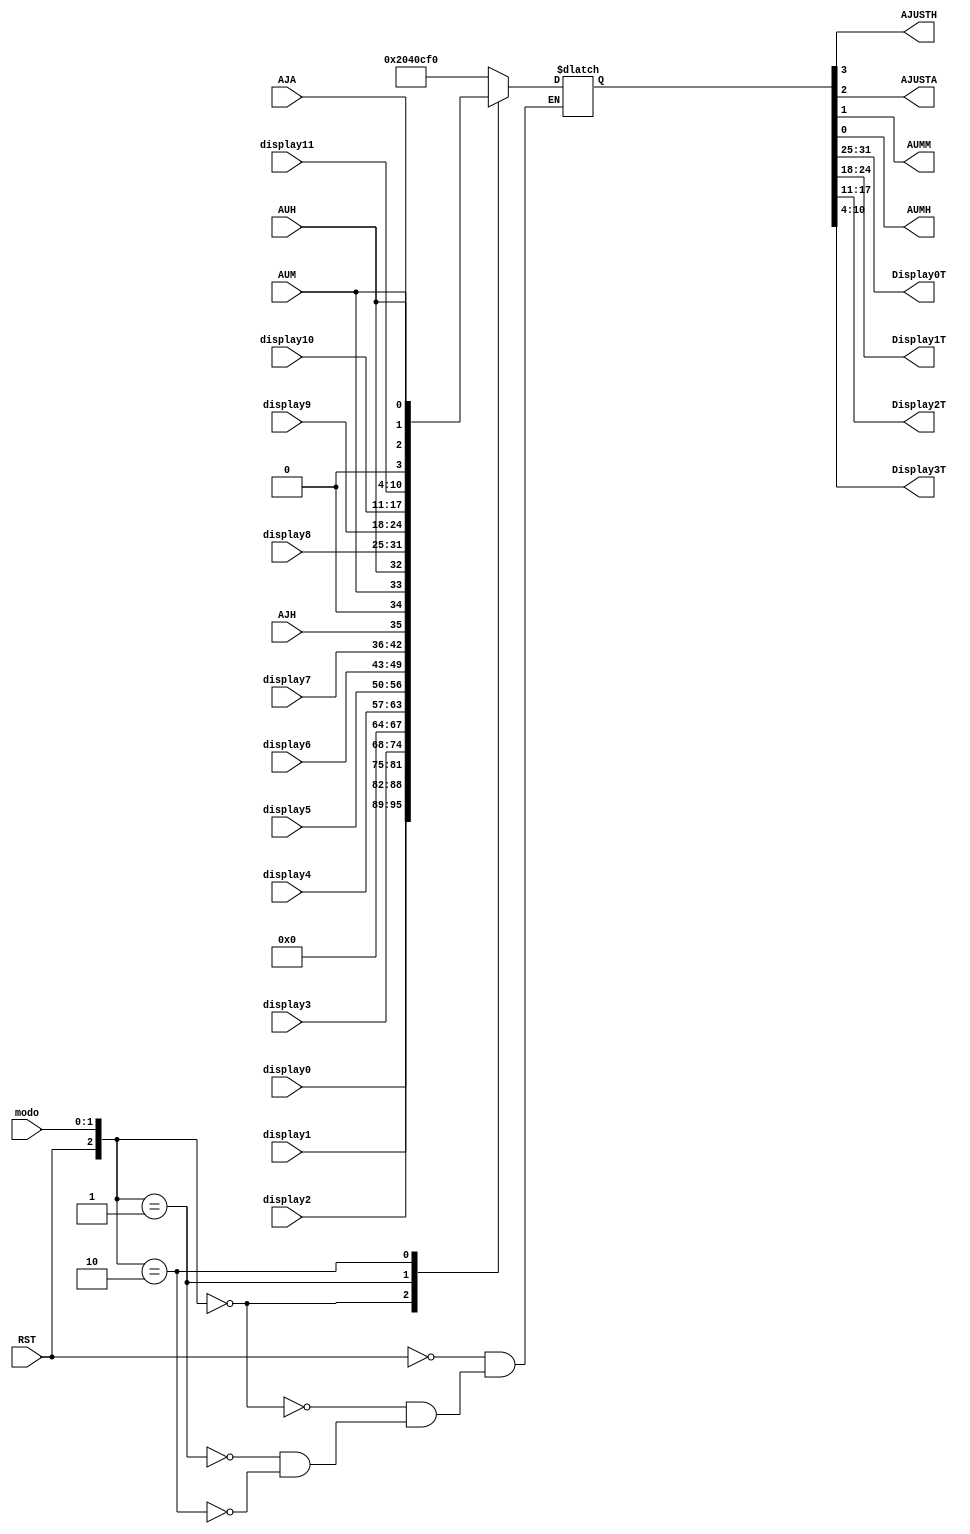
`timescale 1ns / 1ps
//////////////////////////////////////////////////////////////////////////////////
// Company: 
// Engineer: 
// 
// Design Name: 
// Module Name:    Control 
// Project Name: 
// Target Devices: 
// Tool versions: 
// Description: 
//
// Dependencies: 
//
// Revision: 
// Revision 0.01 - File Created
// Additional Comments: 
//
//////////////////////////////////////////////////////////////////////////////////
module Control(RST,AJH,AJA,AUM,AUH,modo,display0,display1,display2,display3,display4,display5,display6,display7,display8,display9,display10,display11,AJUSTH,AJUSTA,AUMM,AUMH,Display0T,Display1T,Display2T,Display3T);

     input RST,AJH,AJA,AUM,AUH; 
     input [1:0] modo; 
     input [6:0] display0,display1,display2,display3;
     input [6:0] display4,display5,display6,display7;
	  input [6:0] display8,display9,display10,display11;
	  output AJUSTH, AJUSTA, AUMM, AUMH;	  
	  output [6:0] Display0T,Display1T,Display2T,Display3T;
	  
	  wire [6:0] estado = {RST,modo,AJH,AJA,AUM,AUH};
	 // wire [31:0] aux = {Display0,Display1,Display2,Display3,AJUSTH,AJUSTA,AUMM,AUMH};
	  reg [31:0] estadosalida;
	  	 
	          
	  
	  always @(display0,display1,display2,display3,display4,display5,display6,display7,display8,display9,display10,display11,RST,AJH,AJA,AUM,AUH)  
	         begin 
          //  estadosalida = aux;				
				casez (estado)
/*estado reset*/          7'b1??????: estadosalida = {7'b0000001,7'b0000001,7'b0000001,7'b1001111,1'b0,1'b0,1'b0,1'b0};					 					           								 
/*estado hora*/	        7'b000????: estadosalida = {display0,display1,display2,display3,1'b0,1'b0,1'b0,1'b0};									 
/*estado ajustar hora*/	  7'b001????: estadosalida = {display4,display5,display6,display7,AJH,1'b0,AUM,AUH};						
/*estado ajustar alarma */7'b010????: estadosalida = {display8,display9,display10,display11,1'b0,AJA,AUM,AUH};												   
				endcase												
			end
		assign {Display0T,Display1T,Display2T,Display3T,AJUSTH,AJUSTA,AUMM,AUMH} = estadosalida;	
					 
endmodule